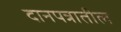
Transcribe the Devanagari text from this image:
दानपत्रातील